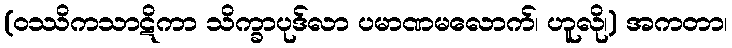
(ဝဿိကသာဋိကာ သိက္ခာပုဒ်လာ ပမာဏမလောက်၊ ဟူလို၊) အကတာ၊